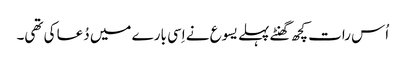
‏ اُس رات کچھ گھنٹے پہلے یسوع نے اِسی بارے میں دُعا کی تھی۔